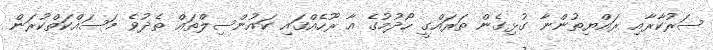
ސަރުކާރާއި ރައްޔިތުންނާ ގުޅިގެން ތަރައްގީ ހޯދުމުގެ އާ ރޫހެއްގައި ކައުންސިލްތައް ތެދުވެ މަސައްކަތްކުރަން